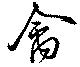
禽